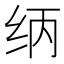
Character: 𰬃